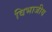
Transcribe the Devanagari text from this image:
विभाजीय